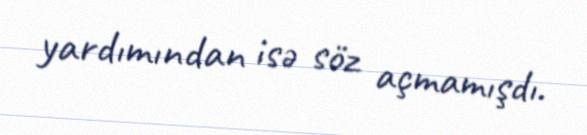
yardımından isə söz açmamışdı.